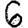
Digit: 6